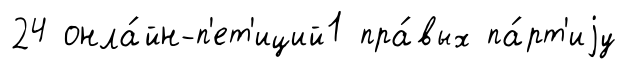
24 онла́йн-п'ет'иций1 пра́вых па́рт'иjу